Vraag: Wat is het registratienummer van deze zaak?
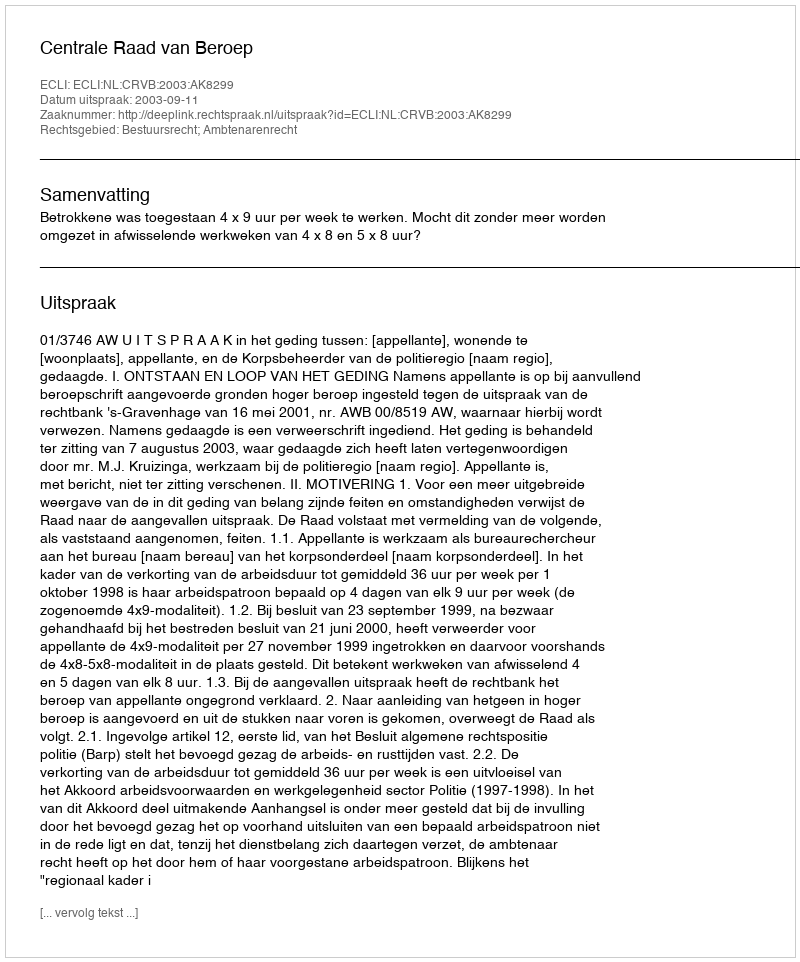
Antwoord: http://deeplink.rechtspraak.nl/uitspraak?id=ECLI:NL:CRVB:2003:AK8299